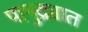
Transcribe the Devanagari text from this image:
पापुद्र्यात